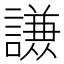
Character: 𮘹